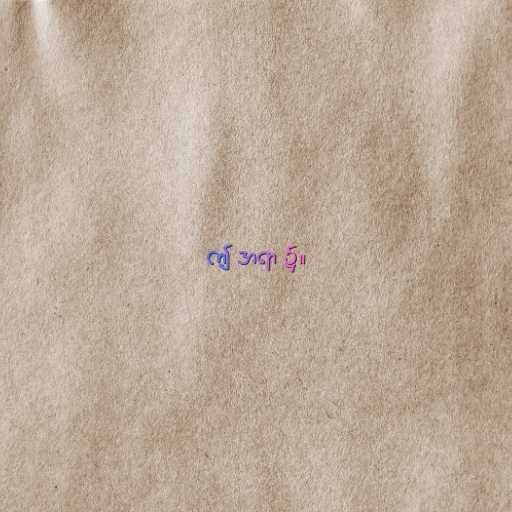
ဤ အရာ ၌။